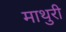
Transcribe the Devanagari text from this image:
माथुरी